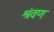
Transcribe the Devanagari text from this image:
श्रंवण